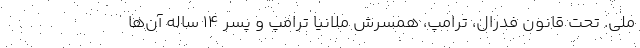
ملی. تحت قانون فدرال، ترامپ، همسرش ملانیا ترامپ و پسر ۱۴ ساله آن‌ها